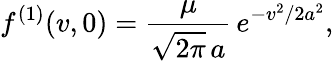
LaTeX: f^{(1)}(v,0)=\frac{\mu}{\sqrt{2\pi}\, a}\, e^{-v^{2}/2a^{2}},